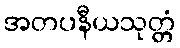
အတပနီယသုတ္တံ